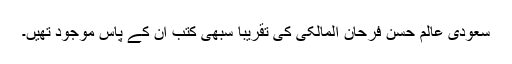
سعودی عالم حسن فرحان المالکی کی تقریباً سبھی کتب ان کے پاس موجود تھیں۔